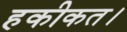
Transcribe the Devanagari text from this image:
हकीकत।